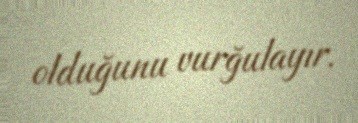
olduğunu vurğulayır.